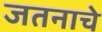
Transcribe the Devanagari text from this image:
जतनाचे